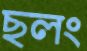
ছলং